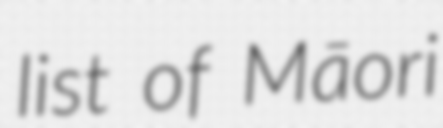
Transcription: list of Māori